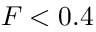
F < 0 . 4